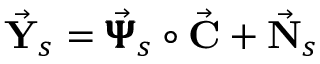
\vec { \bf Y } _ { s } = \vec { \pmb { { \Psi } } } _ { s } \circ \vec { \bf C } + \vec { \bf N } _ { s }